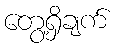
တွေ့ရှိချက်